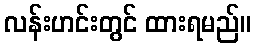
လန်းဟင်းတွင် ထားရမည်။